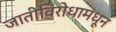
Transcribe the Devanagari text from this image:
जातीविरोधामधून